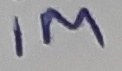
Text: 1M